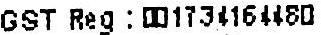
GST REG : 001734164480